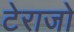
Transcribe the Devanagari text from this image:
टेराजो